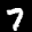
Label: 7